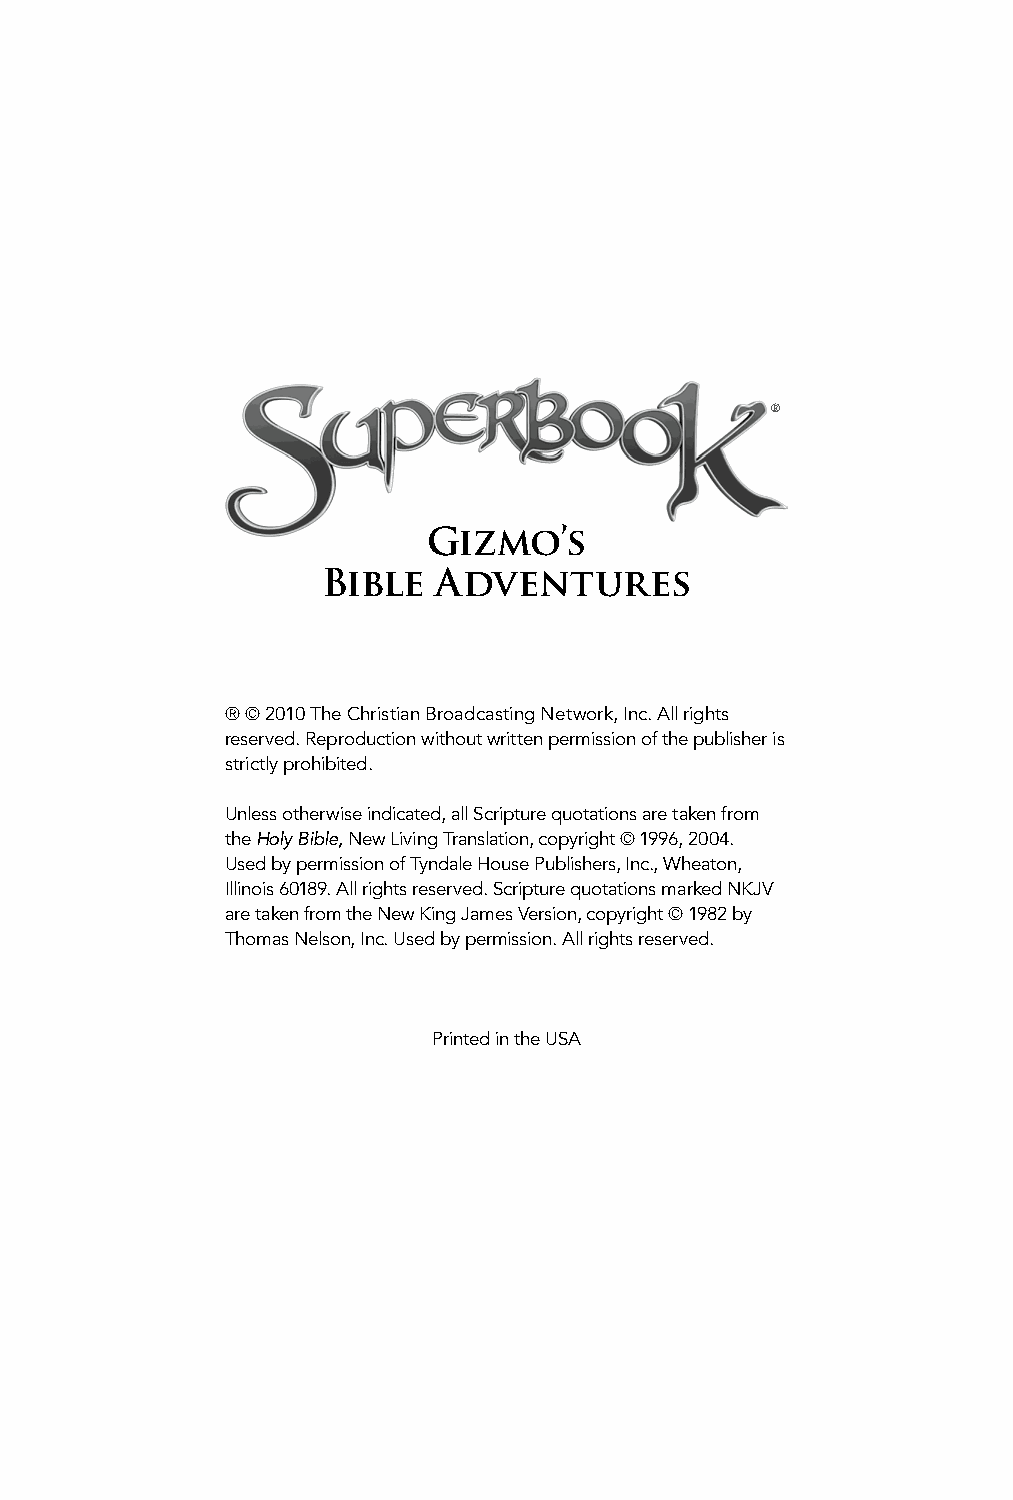
®
 Gizmo’s
 Bible   Adventures
 ® © 2010 The Christian Broadcasting Network, Inc. All rights
 reserved. Reproduction without written permission of the publisher is
 strictly prohibited.
 Unless otherwise indicated, all Scripture quotations are taken from
 the Holy Bible, New Living Translation, copyright © 1996, 2004.
 Used by permission of Tyndale House Publishers, Inc., Wheaton,
 Illinois 60189. All rights reserved. Scripture quotations marked NKJV
 are taken from the New King James Version, copyright © 1982 by
 Thomas Nelson, Inc. Used by permission. All rights reserved.
 Printed in the USA